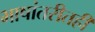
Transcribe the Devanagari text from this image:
भाषांतरीतही